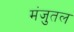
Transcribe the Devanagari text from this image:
मंजुतल